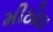
મીઠોઇ